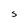
Character: S